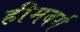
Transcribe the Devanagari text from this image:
हीमबर्ग